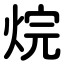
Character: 烷